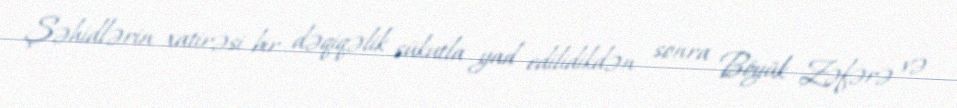
Şəhidlərin xatirəsi bir dəqiqəlik sükutla yad edilidikdən sonra Böyük Zəfərə və